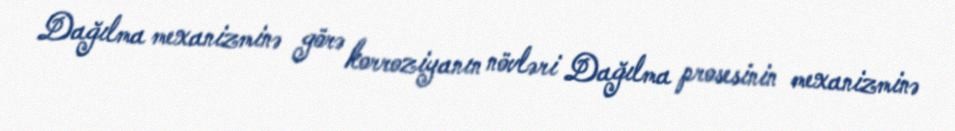
Dağılma mexanizminə görə korroziyanın növləri Dağılma prosesinin mexanizminə